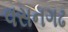
વસનગઢ